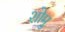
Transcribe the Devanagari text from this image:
शोमु